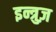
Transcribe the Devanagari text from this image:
इन्त्रुज़